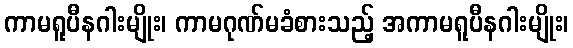
ကာမရူပီနဂါးမျိုး၊ ကာမဂုဏ်မခံစားသည့် အကာမရူပီနဂါးမျိုး၊